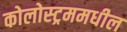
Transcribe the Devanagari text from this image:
कोलोस्ट्रममधील